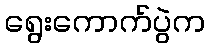
ရွေးကောက်ပွဲက